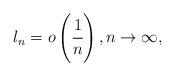
LaTeX: \begin{align*} l_n = o \left( \cfrac{1}{n} \right), n \rightarrow \infty,\end{align*}